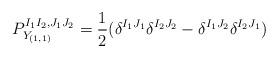
LaTeX: \begin{align*}P_{Y_{(1,1)}}^{I_1 I_2, J_1 J_2} = \frac{1}{2}(\delta^{I_1 J_1} \delta^{I_2 J_2} - \delta^{I_1 J_2} \delta^{I_2 J_1})\end{align*}